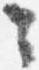
々